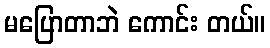
မပြောတာဘဲ ကောင်း တယ်။